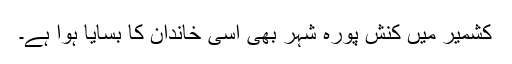
کشمیر میں کنش پورہ شہر بھی اسی خاندان کا بسایا ہوا ہے۔